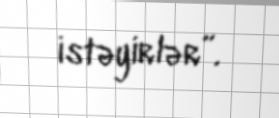
istəyirlər”.